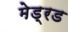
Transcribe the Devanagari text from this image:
मेड्रड